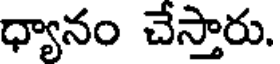
ధ్యానం చేస్తారు.